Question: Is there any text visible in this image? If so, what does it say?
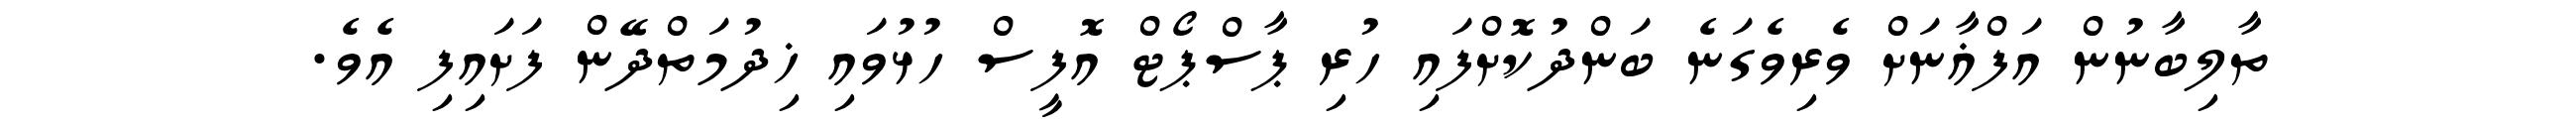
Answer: ތާލިބާނުން އަފްޣާނަށް ވެރިވެގަނެ ބަންދުކޮށްފައި ހުރި ޕާސްޕޯޓް އޮފީސް ހުޅުވައި ޚިދުމަތްދޭން ފަށައިފި އެވެ.